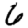
Digit: 6